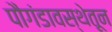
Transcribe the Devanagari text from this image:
पौगंडावस्थेतून